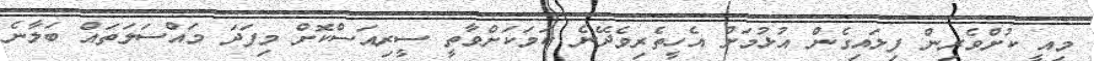
މިއީ ކުށްވެރިން ފިލައިގެން އުޅުމަށް އެހީތެރިވެދޭނެ ކަމަކަށްވާތީ ސީރިއަސްކޮށް މިފަދަ މައްސަަލަތައް ބަލާނެ